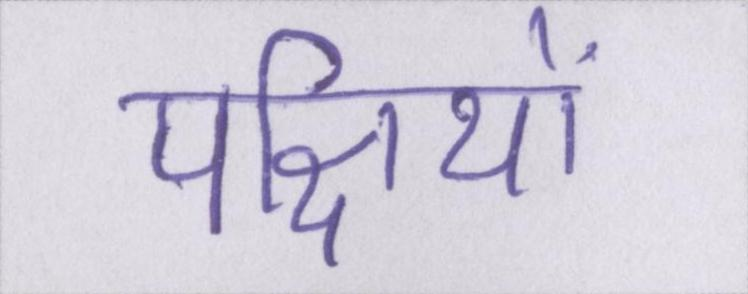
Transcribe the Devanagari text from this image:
पक्षियों